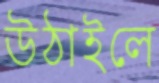
উঠাইলে